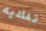
تناديه